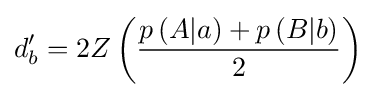
d'_{b}=2Z\left({\frac {p\left(A|a\right)+p\left(B|b\right)}{2}}\right)